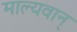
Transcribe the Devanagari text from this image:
माल्यवान्